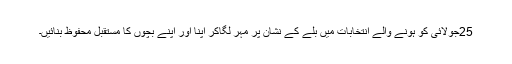
25جولائی کو ہونے والے انتخابات میں بلے کے نشان پر مہر لگاکر اپنا اور اپنے بچوں کا مستقبل محفوظ بنائیں۔